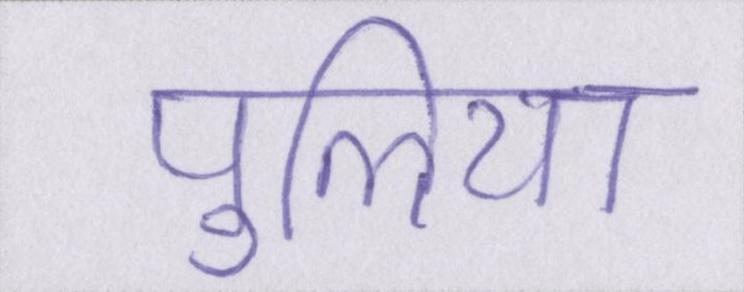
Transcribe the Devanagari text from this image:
पुलिया